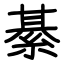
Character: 綦